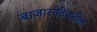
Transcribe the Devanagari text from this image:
बाजारपेठेमधील